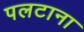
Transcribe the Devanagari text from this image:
पलटाना